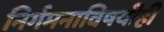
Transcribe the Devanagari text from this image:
निर्गमनाविषयीही